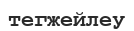
тегжейлеу